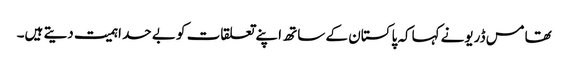
تھامس ڈریونے کہاکہ پاکستان کے ساتھ اپنے تعلقات کو بے حد اہمیت دیتے ہیں۔